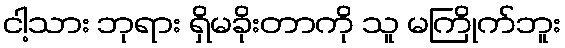
ငါ့သား ဘုရား ရှိမခိုးတာကို သူ မကြိုက်ဘူး